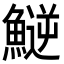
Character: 𩺝